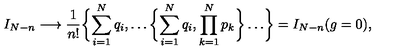
I _ { N - n } \longrightarrow \frac { 1 } { n ! } \biggl \{ \sum _ { i = 1 } ^ { N } q _ { i } , \dots \biggl \{ \sum _ { i = 1 } ^ { N } q _ { i } , \prod _ { k = 1 } ^ { N } p _ { k } \biggr \} \dots \biggr \} = I _ { N - n } ( g = 0 ) ,